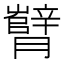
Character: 𬂘